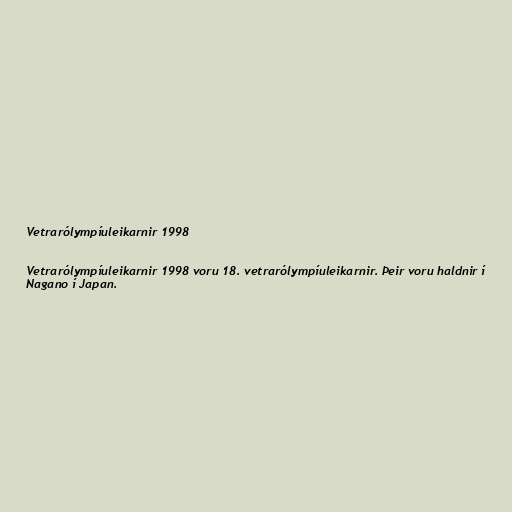
Vetrarólympíuleikarnir 1998

Vetrarólympíuleikarnir 1998 voru 18. vetrarólympíuleikarnir. Þeir voru haldnir í
Nagano í Japan.